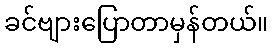
ခင်ဗျားပြောတာမှန်တယ်။